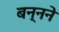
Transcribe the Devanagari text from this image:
बन्नने